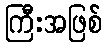
ကြီးအဖြစ်